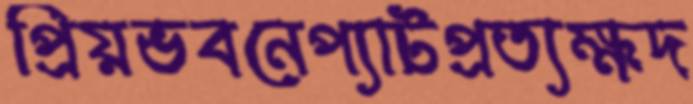
প্রিয়ভবনেপ্যাটপ্রত্যক্ষদ